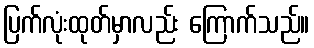
ပြက်လုံးထုတ်မှာလည်း ကြောက်သည်။